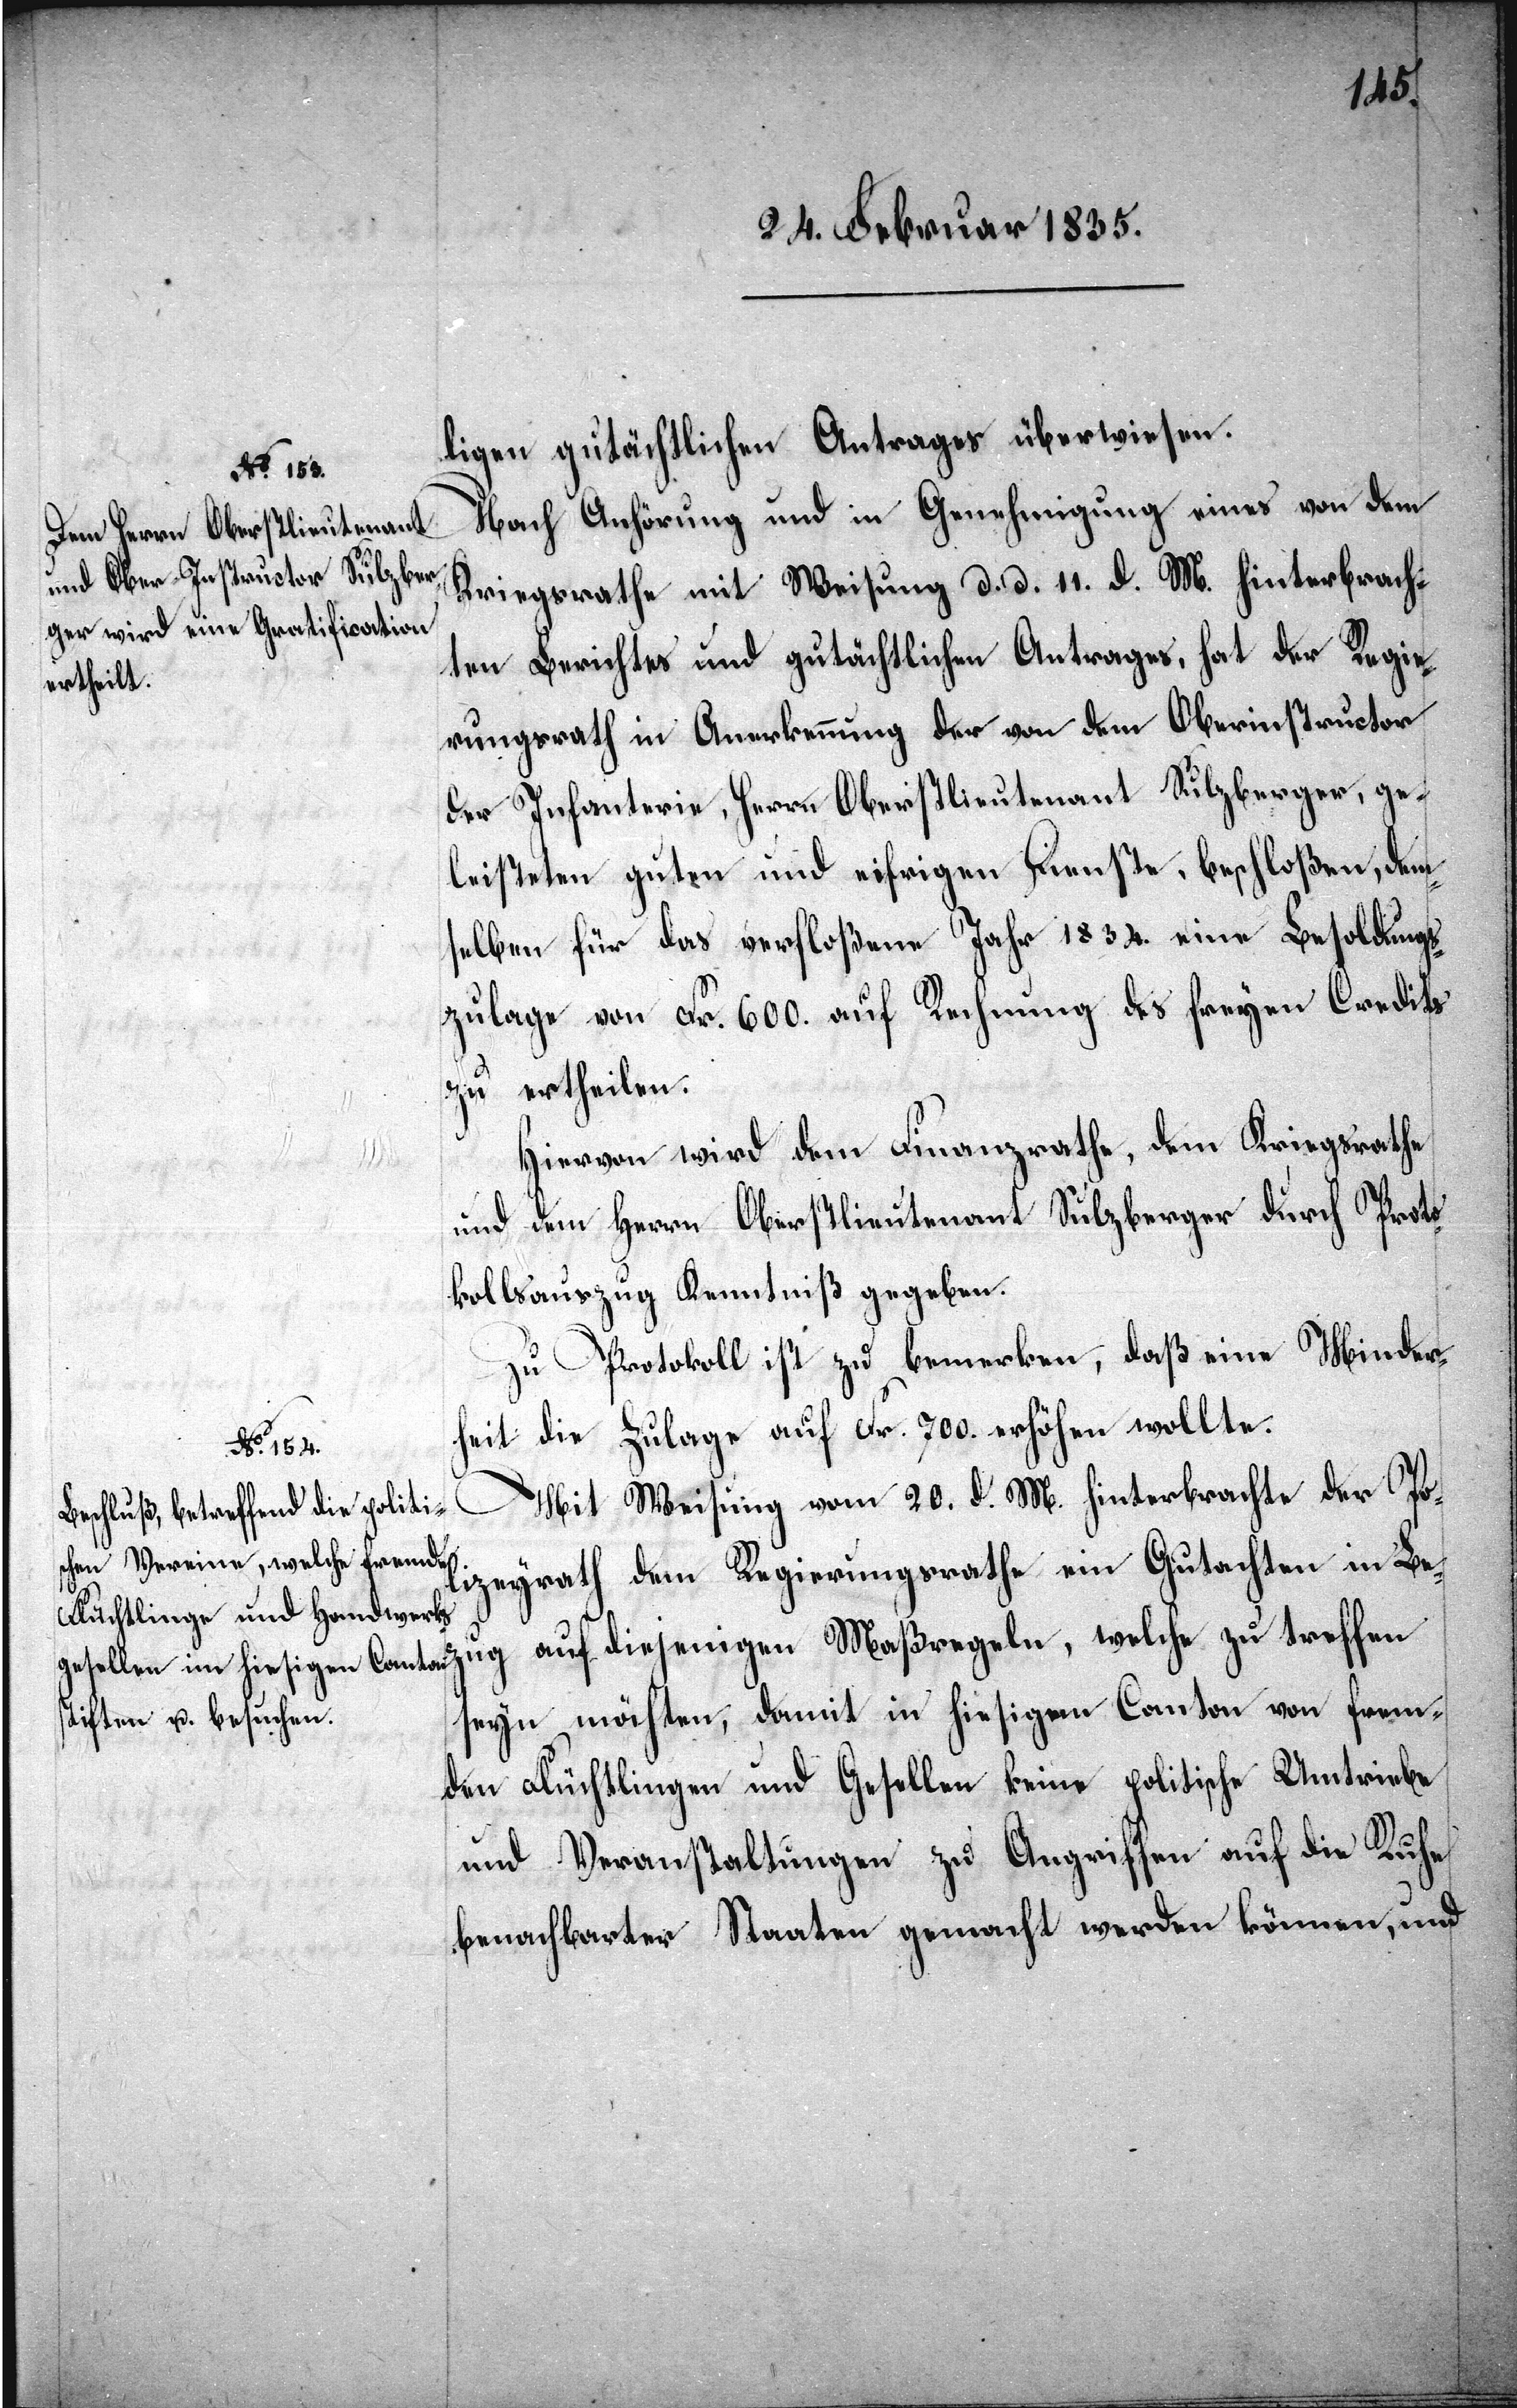
ligen gutächtlichen Antrages überwiesen.
Nach Anhörung und in Genehmigung eines von dem
Kriegsrathe mit Weisung d. d. 11. d. M. hinterbrach¬
ten Berichtes und gutächtlichen Antrages, hat der Regie¬
rungsrath in Anerkennung der von dem Oberinstructor
der Infanterie, Herrn Oberstlieutenant Sulzberger, ge¬
leisteten guten und eifrigen Dienste, beschloßen, dem¬
selben für das verfloßene Jahr 1834. eine Besoldungs¬
zulage von Fr. 600. auf Rechnung des freyen Credits
zu ertheilen.
Hiervon wird dem Finanzrathe, dem Kriegsrathe
und dem Herrn Oberstlieutenant Sulzberger durch Proto¬
kollsauszug Kenntniß gegeben.
Mit Weisung vom 20. d. M. hinterbrachte der Po¬
lizeyrath dem Regierungsrathe ein Gutachten in Bez¬
ug auf diejenigen Maßregeln, welche zu treffen
seyn möchten, damit in hiesigem Canton von frem¬
den Flüchtlingen und Gesellen keine politische Umtriebe
und Veranstaltungen zu Angriffen auf die Ruhe
benachbarter Staaten gemacht werden können, und